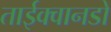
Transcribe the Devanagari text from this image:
ताईक्वानडो